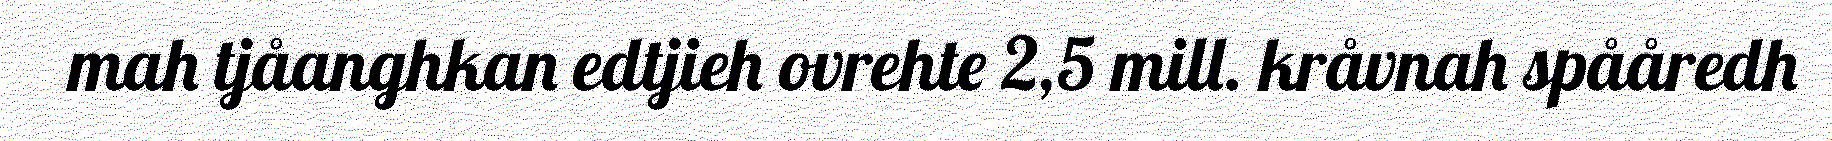
mah tjåanghkan edtjieh ovrehte 2,5 mill. kråvnah spååredh